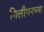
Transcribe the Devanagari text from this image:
गिलीगनच्या